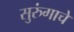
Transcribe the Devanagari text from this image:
सुरुंगाचे